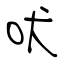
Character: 吠